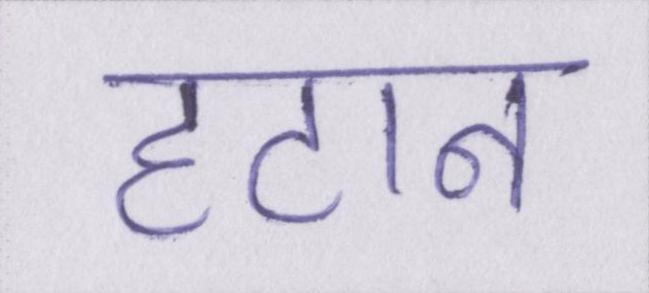
हटान